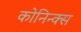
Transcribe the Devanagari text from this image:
कोनिन्क्स